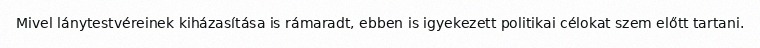
Mivel lánytestvéreinek kiházasítása is rámaradt, ebben is igyekezett politikai célokat szem előtt tartani.